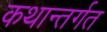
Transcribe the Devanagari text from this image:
कथान्तर्गत